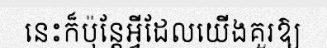
នេះក៏ប៉ុន្តែអ្វីដែលយើងគួរឱ្យ